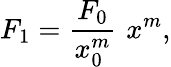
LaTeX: F_{1}={\frac{F_{0}}{x_{0}^{m}}}\, \, x^{m},